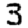
Digit: 3